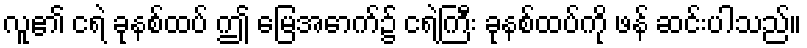
လူ၏ ငရဲ ခုနစ်ထပ် ဤ မြေအောက်၌ ငရဲကြီး ခုနစ်ထပ်ကို ဖန် ဆင်းပါသည်။